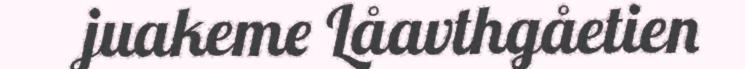
juakeme Låavthgåetien